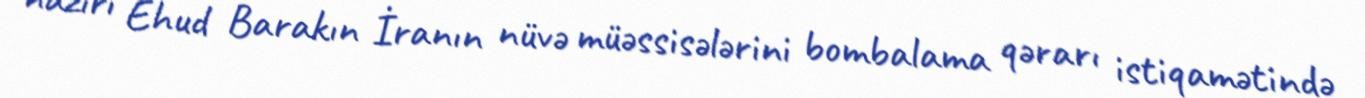
naziri Ehud Barakın İranın nüvə müəssisələrini bombalama qərarı istiqamətində